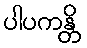
ပါပကန္တိ